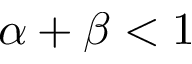
\alpha + \beta < 1